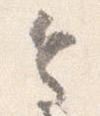
令